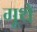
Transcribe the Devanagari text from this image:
गूथे